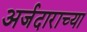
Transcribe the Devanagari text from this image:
अर्जदाराच्या